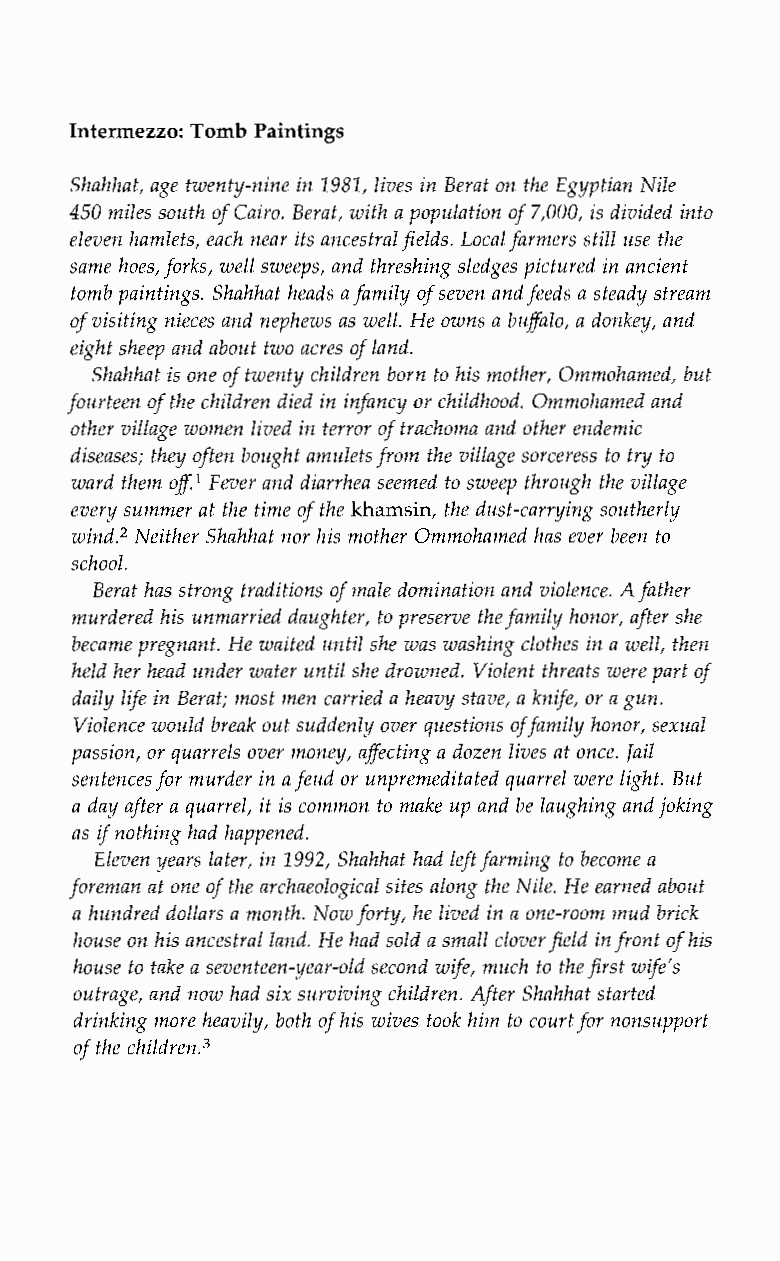
Intermezzo: Tomb Paintings
 Shahhat, age twenty-nine in 1981, lives in Berat on the Egyptian Nile
 450 miles south of Cairo. Berat, with a population of 7,000, is divided into
 eleven hamlets, each near its ancestral fields. Local farmers still use the
 same hoes, forks, well sweeps, and threshing sledges picturedin ancient
 tomb paintings. Shahhat heads a family of seven anfde eds a steady stream
 of visiting nieces and nephews as well. He owns a bufalo, a donkey, and
 eight sheep and about two acres ofl and.
 Shahhat is one of twenty children born to his mother, Ommohamed, but
 fourteen of the children died in infancy or childhood. Ommohamed and
 other village women lived in terror of trachoma and other endemic
 diseases; they often bought amuletsf rom the village sorceress to try to
 08’
 ward them Fever and diarrhea seemed to sweep through the village
 every summer at the time of the khamsin, the dust-carrying southerly
 wind.2 Neither Shahhat nor his mother Ommohamed has ever been to
 school.
 Berat has strong traditions of male domination and violence. A father
 murdered his unmarried daughter, to preserve the family honor, after she
 became pregnant. He waited until she was washing clothes in a well, then
 held her head under water until she drowned. Violent threats were part of
 daily life in Berat; most men carried a heavy stave, a knife, or a gun.
 Violence would break out suddenly over questionosf family honor, sexual
 passion, or quarvels over money, afecting a dozen lives at once. Jail
 sentences for murder in a feud or unpremeditated quarrel were light. But
 a day after a quarrel, it is common to make up and be laughing and joking
 as if nothing had happened.
 Eleven years later, in 1992, Shahhat had left farming to become a
 foreman at one of the archaeological sites along the Nile. He earned about
 a hundred dollars a month. Now forty, he lived in a one-room mud brick
 house on his ancestral land. He had sold a small clover field ifnr ont of his
 house to take a seventeen-year-old second wife, much to the first wife’s
 outrage, and now had six surviving children. After Shahhat started
 drinking more heavily, both of his wives took him to court for nonsupport
 of the ~hildren.~